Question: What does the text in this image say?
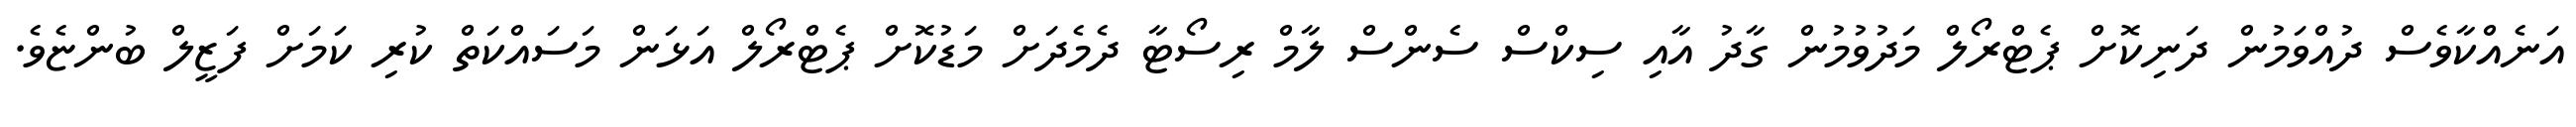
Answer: އަނެއްކާވެސް ދުއްވަމުން ދަނިކޮށް ޕެޓްރޯލް މަދުވުމުން ގާދު އާއި ސިކްސް ސެންސް ލާމް ރިސޯޓާ ދެމެދަށް މަޑުކޮށް ޕެޓްރޯލް އަޅަން މަސައްކަތް ކުރި ކަމަށް ފަޒީލް ބުންޏެވެ.